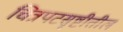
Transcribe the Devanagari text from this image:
चित्रपटसॄष्टीतील